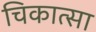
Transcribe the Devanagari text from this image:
चिकात्सा